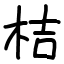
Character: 桔